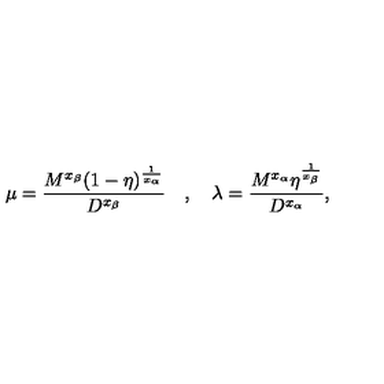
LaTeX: \mu = \frac { M ^ { x _ { \beta } } ( 1 - \eta ) ^ { \frac { 1 } { x _ { \alpha } } } } { D ^ { x _ { \beta } } } \quad , \quad \lambda = \frac { M ^ { x _ { \alpha } } \eta ^ { \frac { 1 } { x _ { \beta } } } } { D ^ { x _ { \alpha } } } ,